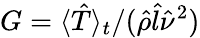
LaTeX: G=\langle\hat{T}\rangle_{t}/(\hat{\rho}\hat{l}\hat{\nu}^{2})